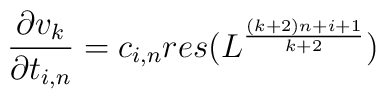
\frac{\partial v_k}{\partial t_{i,n}} = c_{i,n} res (L^{\frac{(k+2)n+i+1}{k+2}} )